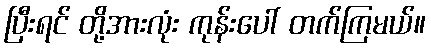
ပြီးရင် တို့အားလုံး ကုန်းပေါ် တက်ကြမယ်။